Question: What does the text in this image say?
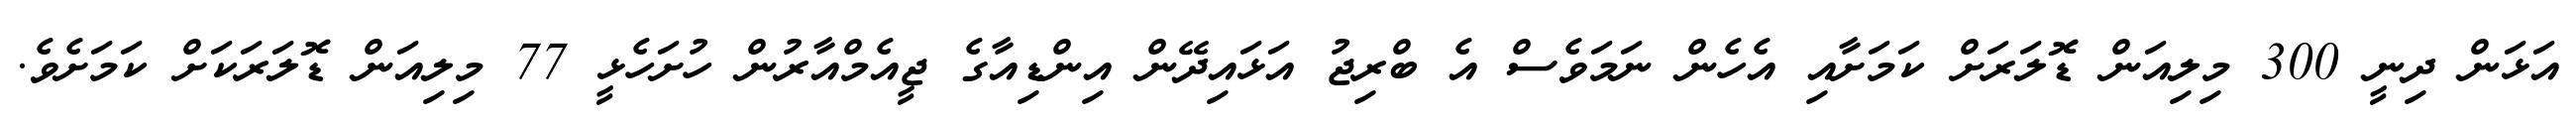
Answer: އަޅަން ދިނީ 300 މިލިއަން ޑޮލަރަށް ކަމަށާއި އެހެން ނަމަވެސް އެ ބްރިޖު އަޅައިދޭން އިންޑިއާގެ ޖީއެމްއާރުން ހުށަހެޅީ 77 މިލިއަން ޑޮލަރަކަށް ކަމަށެވެ.